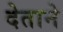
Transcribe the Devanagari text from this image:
देताने